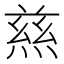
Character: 𭵝